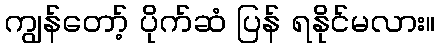
ကျွန်တော့် ပိုက်ဆံ ပြန် ရနိုင်မလား။